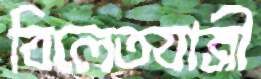
বিলেতযাত্রী